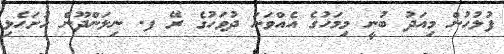
ފުލުހުން މިއަދު ބުނީ މިމަހުގެ އެއްވަނަ ދުވަހުގެ ރޭ ފ. ނިލަންދޫން ހުށަހެޅި